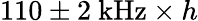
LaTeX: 110\pm 2~\mathrm{kHz}\times h